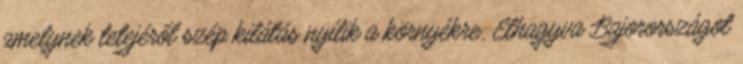
amelynek tetejéről szép kilátás nyílik a környékre. Elhagyva Bajorországot